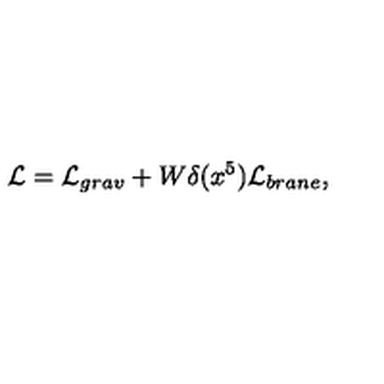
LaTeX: \mathcal { L } = \mathcal { L } _ { g r a v } + W \delta ( x ^ { 5 } ) \mathcal { L } _ { b r a n e } ,